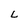
Character: L